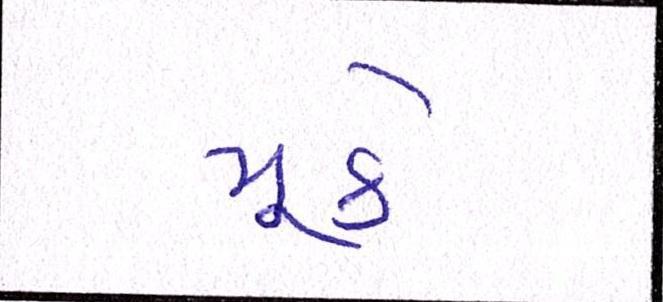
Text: મૂકે